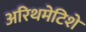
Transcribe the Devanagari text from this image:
अरिथमेटिशे